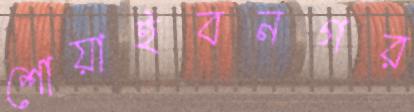
শোয়াইবনগর